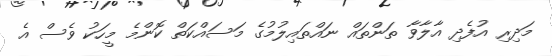
މަދިރި އުފެދި އާލާވާ ތަންތައް ނައްތައިލުމުގެ މަސައްކަތް ކޮންމެ މީހަކު ވެސް އެ